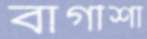
বাগীশা